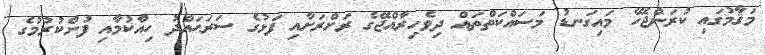
މަޤާމުގައި ކުރަންޖެހޭ މައިގަނޑު މަސައްކަތްތައް ދިވެހިރާއްޖޭގެ ރަށްރަށާއި ފަޅުގެ ސަރަޙައްދު ހިއްކުމާއި ފުންކުރުމުގެ